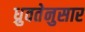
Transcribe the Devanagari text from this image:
ध्रुवतेनुसार